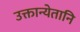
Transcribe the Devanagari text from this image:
उक्तान्येतानि